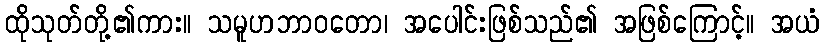
ထိုသုတ်တို့၏ကား။ သမူဟဘာဝတော၊ အပေါင်းဖြစ်သည်၏ အဖြစ်ကြောင့်။ အယံ